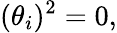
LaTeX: (\theta_{i})^{2}=0,